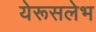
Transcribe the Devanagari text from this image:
येरूसलेभ